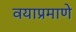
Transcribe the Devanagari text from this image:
वयाप्रमाणे